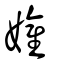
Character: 孉